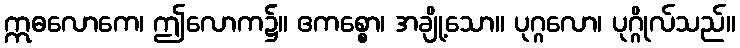
ဣဓလောကေ၊ ဤလောက၌။ ဧကစ္စော၊ အချို့သော။ ပုဂ္ဂလော၊ ပုဂ္ဂိုလ်သည်။